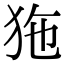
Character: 狏